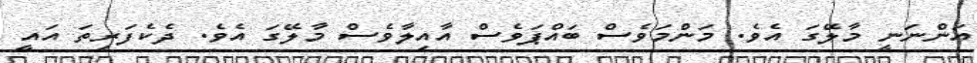
އަންނަނީ މާލޭގަ އެވެ. މަންމަވެސް ބައްޕަވެސް އާއިލާވެސް މާލޭގަ އެވެ. ދެކެފަރިތަ އައީ